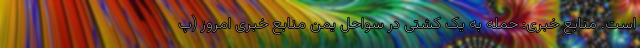
است. منابع خبری: حمله به یک کشتی در سواحل یمن منابع خبری امروز (پ